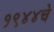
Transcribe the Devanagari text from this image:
१९४४चे